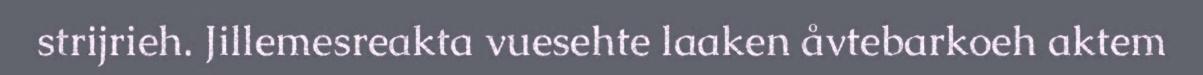
strijrieh. Jillemesreakta vuesehte laaken åvtebarkoeh aktem